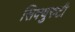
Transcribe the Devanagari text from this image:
सिक्युरुटी